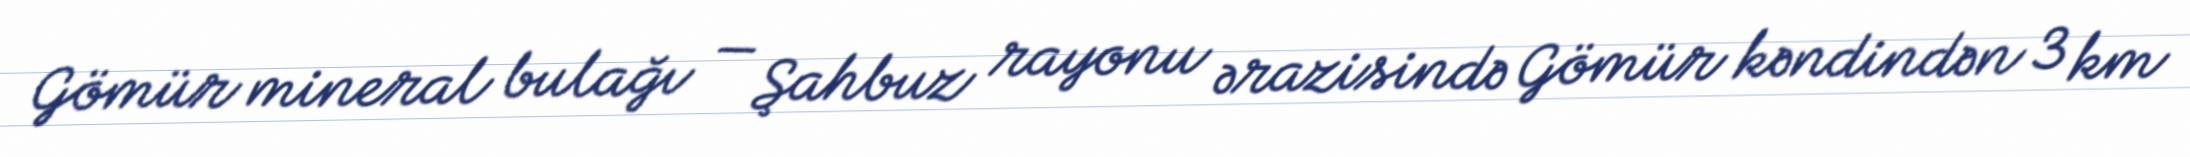
Gömür mineral bulağı — Şahbuz rayonu ərazisində Gömür kəndindən 3 km